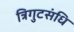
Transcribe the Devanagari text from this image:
त्रिगुटसंधि